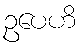
ဥပေဟိ